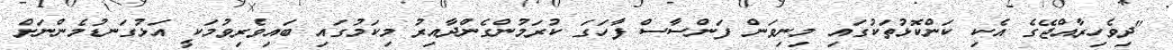
"ދިވެހިރާއްޖޭގެ އެކި ކަންކޮޅުތަކުގައި މިނިވަން ފަންސާސް ފާހަގަ ކުރަމުންގެންދާއިރު މިކަމުގައި ބައިވެރިވުމަކީ އަޅުގަނޑުމެންނަށް